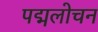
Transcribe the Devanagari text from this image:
पद्मलोचन